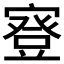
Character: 𡪺